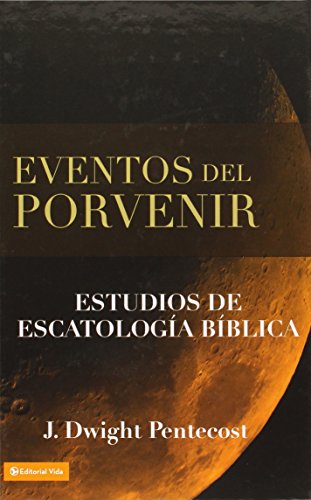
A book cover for Eventos del porvenir; J. Dwight Pentecost; Christian Books & Bibles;